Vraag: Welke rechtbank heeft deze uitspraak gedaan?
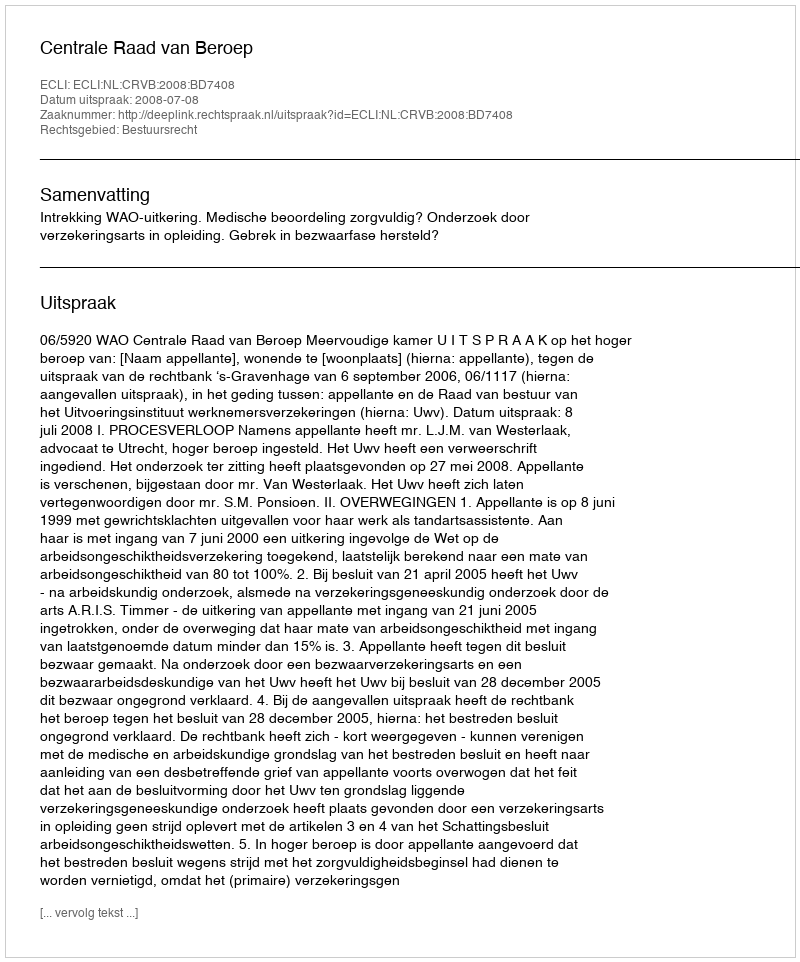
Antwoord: Centrale Raad van Beroep